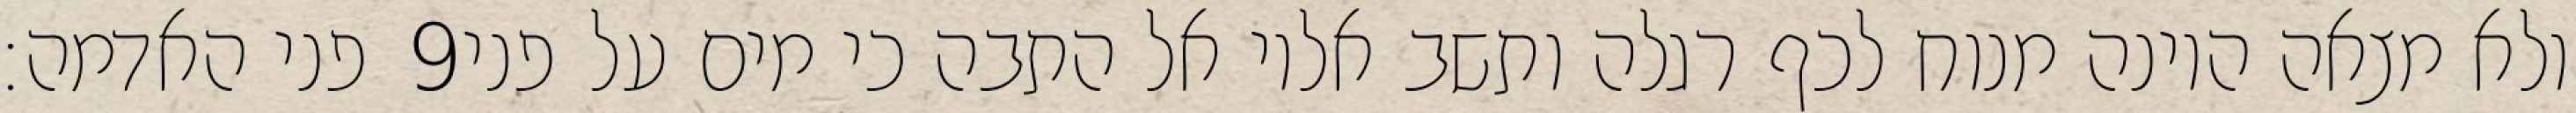
פני האדמה׃ ‎9‏ ולא מצאה היונה מנוח לכף רגלה ותשב אליו אל התבה כי מים על פני